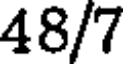
48/7